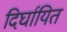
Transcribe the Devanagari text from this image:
दिर्घायित